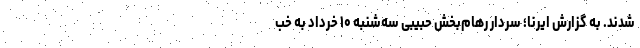
شدند. به گزارش ایرنا؛ سردار رهام‌بخش حبیبی سه‌شنبه ۱۰ خرداد به خب